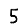
Digit: 5